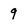
Character: 9